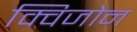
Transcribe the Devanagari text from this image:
क्विजोन